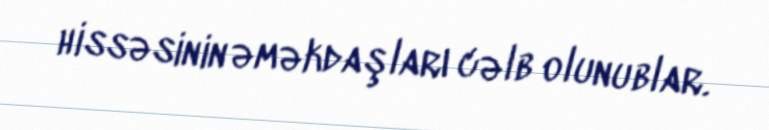
hissəsinin əməkdaşları cəlb olunublar.